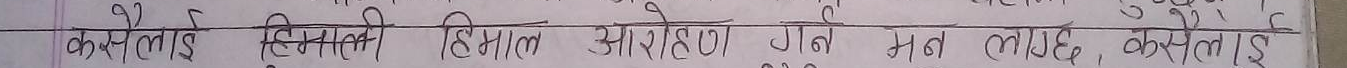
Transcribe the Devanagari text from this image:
कसैलाई हिमानी हिमाल आरोहण गर्न मन लाग्छ, कसैलाई